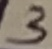
Text: 3